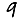
Digit: 9